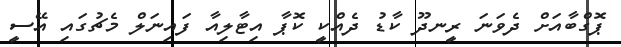
ޕޮގްބާއަށް ދެވަނަ ރީނދޫ ކާޑު ދެއްކީ ކޮޕާ އިޓާލިއާ ފައިނަލް މެޗުގައި އޭސީ